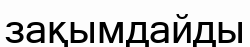
зақымдайды